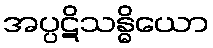
အပ္ပဋိသန္ဓိယော